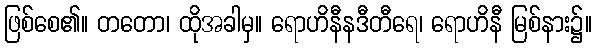
ဖြစ်စေ၏။ တတော၊ ထိုအခါမှ။ ရောဟိနီနဒီတီရေ၊ ရောဟိနီ မြစ်နား၌။